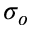
\sigma _ { o }